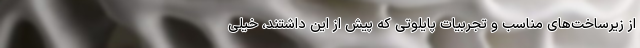
از زیرساخت‌های مناسب و تجربیات پایلوتی که پیش از این داشتند، خیلی